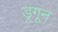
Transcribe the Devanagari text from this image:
ड्रगून